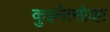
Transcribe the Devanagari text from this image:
कुझ्नेत्सोव्हा